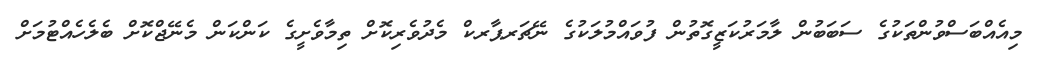
މިއެއްބަސްވުންތަކުގެ ސަބަބުން ލާމަރުކަޒީގޮތުން ފުވައްމުލަކުގެ ނޭޗަރޕާރކް މެދުވެރިކޮށް ތިމާވެށީގެ ކަންކަން މެނޭޖްކޮށް ބެލެހެއްޓުމަށް